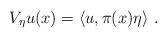
LaTeX: \begin{align*}V_{\eta}u(x)=\langle u,\pi(x)\eta\rangle~.\end{align*}